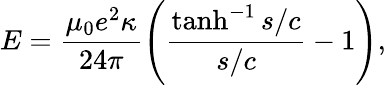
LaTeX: E=\frac{\mu_{0}e^{2}\kappa}{24\pi}\left(\frac{\operatorname{tanh}^{-1}s/c}{s/c}-1\right),